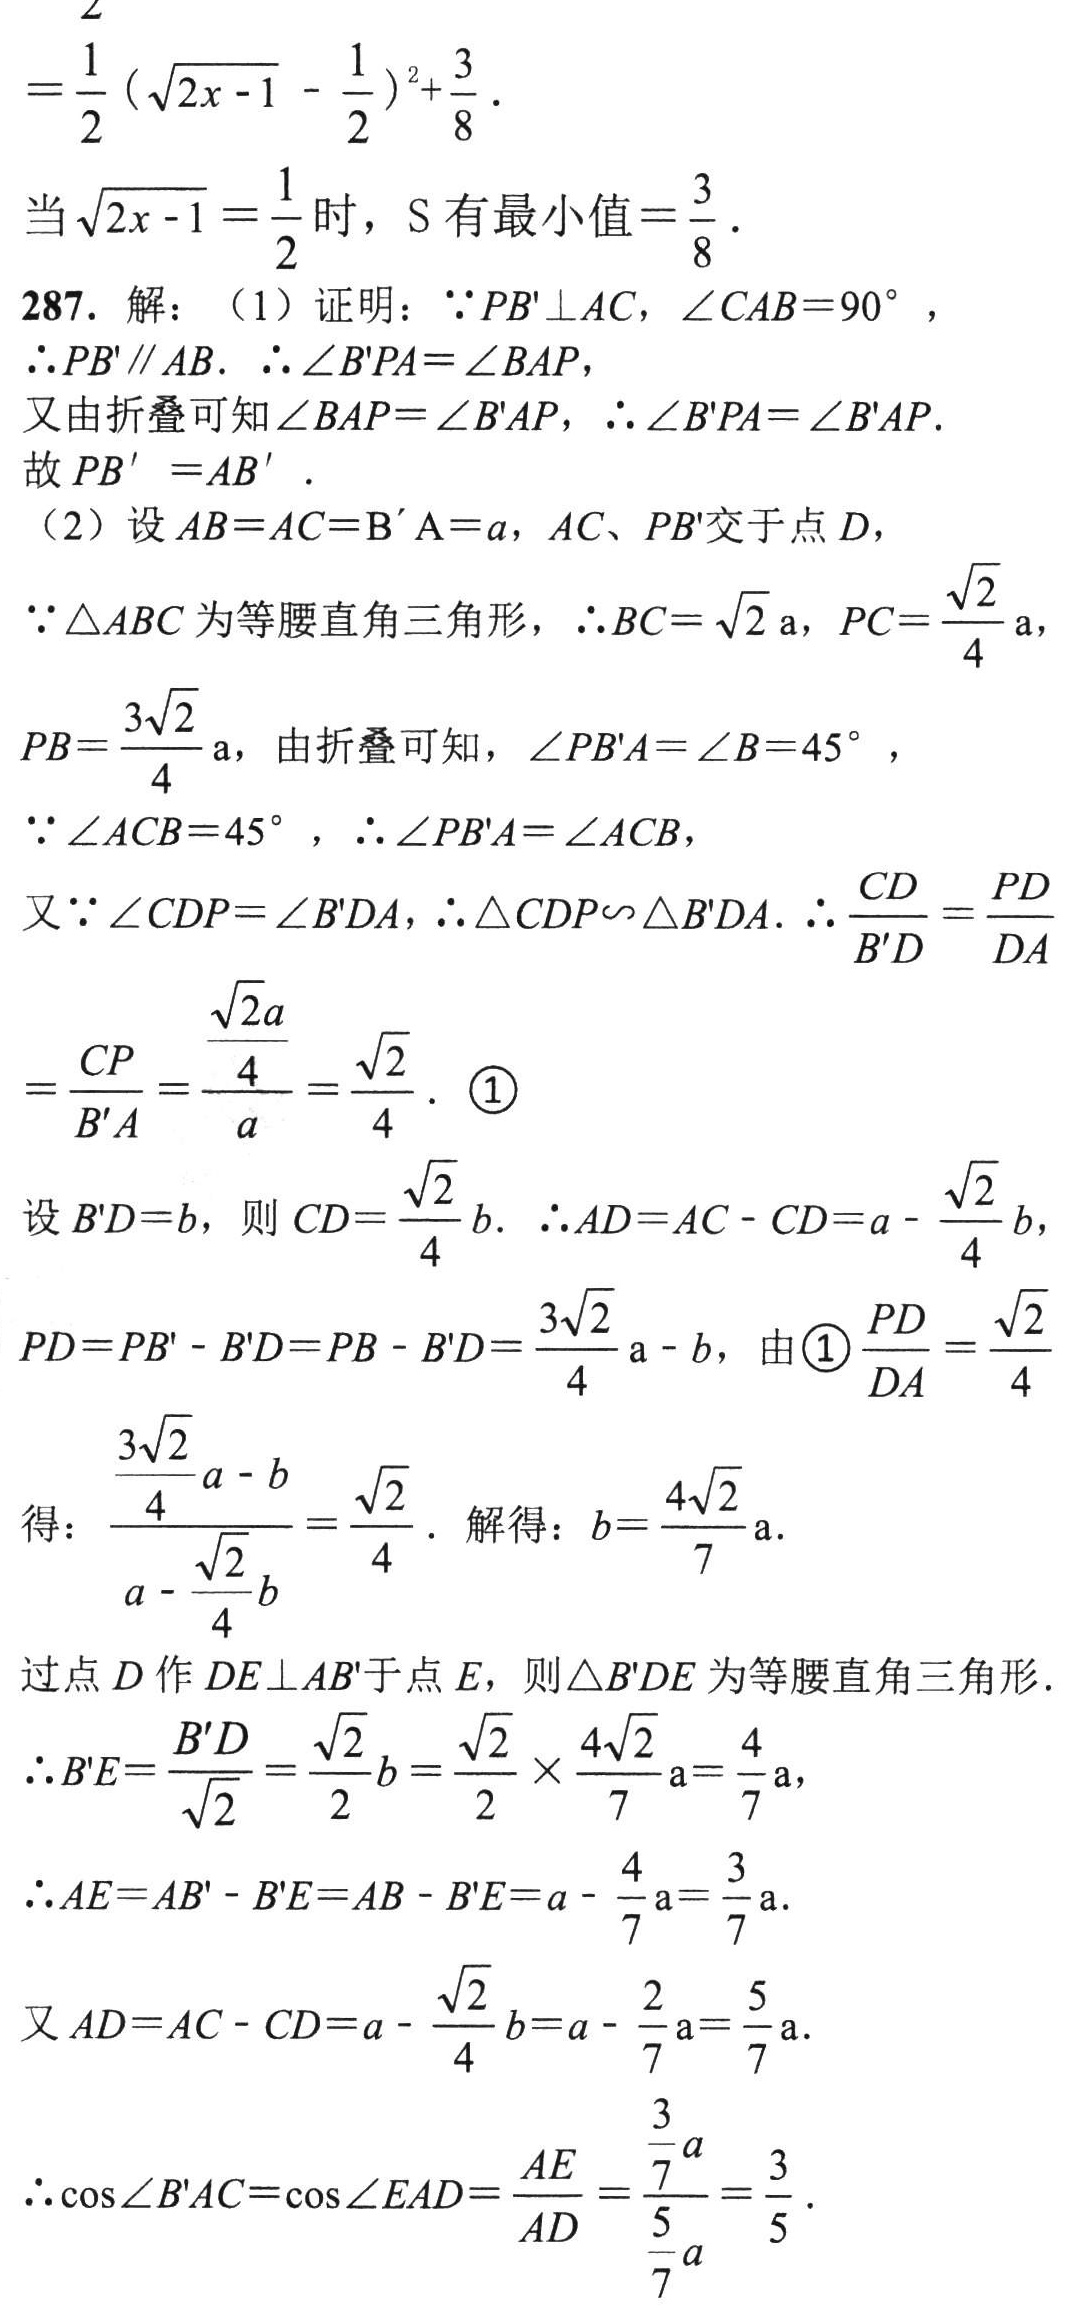
\[
=\frac{1}{2}(\sqrt{2x - 1}-\frac{1}{2})^{2}+\frac{3}{8}.
\]
当\(\sqrt{2x - 1}=\frac{1}{2}\)时，S 有最小值\(=\frac{3}{8}\).
287. 解：（1）证明：\(\because PB'\perp AC\)，\(\angle CAB = 90^{\circ}\)，
\(\therefore PB'\parallel AB\). \(\therefore\angle B'PA=\angle BAP\)，
又由折叠可知\(\angle BAP=\angle B'AP\)，\(\therefore\angle B'PA=\angle B'AP\).
故\(PB' = AB'\).
（2）设\(AB = AC = B'A=a\)，\(AC\)、\(PB'\)交于点\(D\)，
\(\because\triangle ABC\)为等腰直角三角形，\(\therefore BC=\sqrt{2}a\)，\(PC=\frac{\sqrt{2}}{4}a\)，
\(PB=\frac{3\sqrt{2}}{4}a\)，由折叠可知，\(\angle PB'A=\angle B = 45^{\circ}\)，
\(\because\angle ACB = 45^{\circ}\)，\(\therefore\angle PB'A=\angle ACB\)，
又\(\because\angle CDP=\angle B'DA\)，\(\therefore\triangle CDP\backsim\triangle B'DA\). \(\therefore\frac{CD}{B'D}=\frac{PD}{DA}\)
\[
=\frac{CP}{B'A}=\frac{\frac{\sqrt{2}a}{4}}{a}=\frac{\sqrt{2}}{4}. \text{ \textcircled{1}}
\]
设\(B'D = b\)，则\(CD=\frac{\sqrt{2}}{4}b\). \(\therefore AD = AC - CD=a-\frac{\sqrt{2}}{4}b\)，
\(PD = PB'-B'D = PB - B'D=\frac{3\sqrt{2}}{4}a - b\)，由\textcircled{1}\(\frac{PD}{DA}=\frac{\sqrt{2}}{4}\)
得：\(\frac{\frac{3\sqrt{2}}{4}a - b}{a-\frac{\sqrt{2}}{4}b}=\frac{\sqrt{2}}{4}\). 解得：\(b = \frac{4\sqrt{2}}{7}a\).
过点\(D\)作\(DE\perp AB'\)于点\(E\)，则\(\triangle B'DE\)为等腰直角三角形.
\(\therefore B'E=\frac{B'D}{\sqrt{2}}=\frac{\sqrt{2}}{2}b=\frac{\sqrt{2}}{2}\times\frac{4\sqrt{2}}{7}a=\frac{4}{7}a\)，
\(\therefore AE = AB'-B'E = AB - B'E=a-\frac{4}{7}a=\frac{3}{7}a\).
又\(AD = AC - CD=a-\frac{\sqrt{2}}{4}b=a-\frac{2}{7}a=\frac{5}{7}a\).
\(\therefore\cos\angle B'AC=\cos\angle EAD=\frac{AE}{AD}=\frac{\frac{3}{7}a}{\frac{5}{7}a}=\frac{3}{5}\).